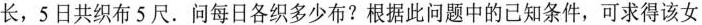
长，5日共织布5尺。问每日各织多少布?根据此问题中的已知条件，可求得该女